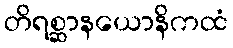
တိရစ္ဆာနယောနိကထံ